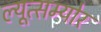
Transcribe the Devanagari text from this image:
ल्यूत्सम्योर